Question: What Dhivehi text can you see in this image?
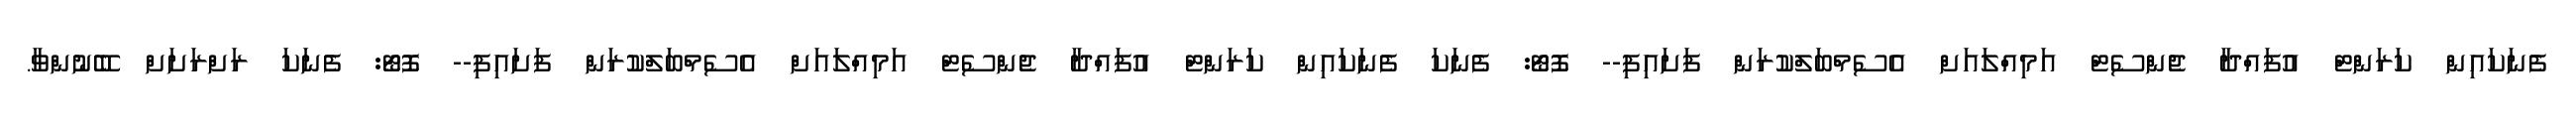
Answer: ފެނަކައިން ކަރަންޓް އުފައްދާ ޖެންސެޓް އަމިއްލައަށް އެސެމްބަލްކުރަން ފަށައިފި-- ފޮޓޯ: ފެނަކަ ފެނަކައިން ކަރަންޓް އުފައްދާ ޖެންސެޓް އަމިއްލައަށް އެސެމްބަލްކުރަން ފަށައިފި-- ފޮޓޯ: ފެނަކަ ރަށްރަށަށް ބޭނުންވާ.